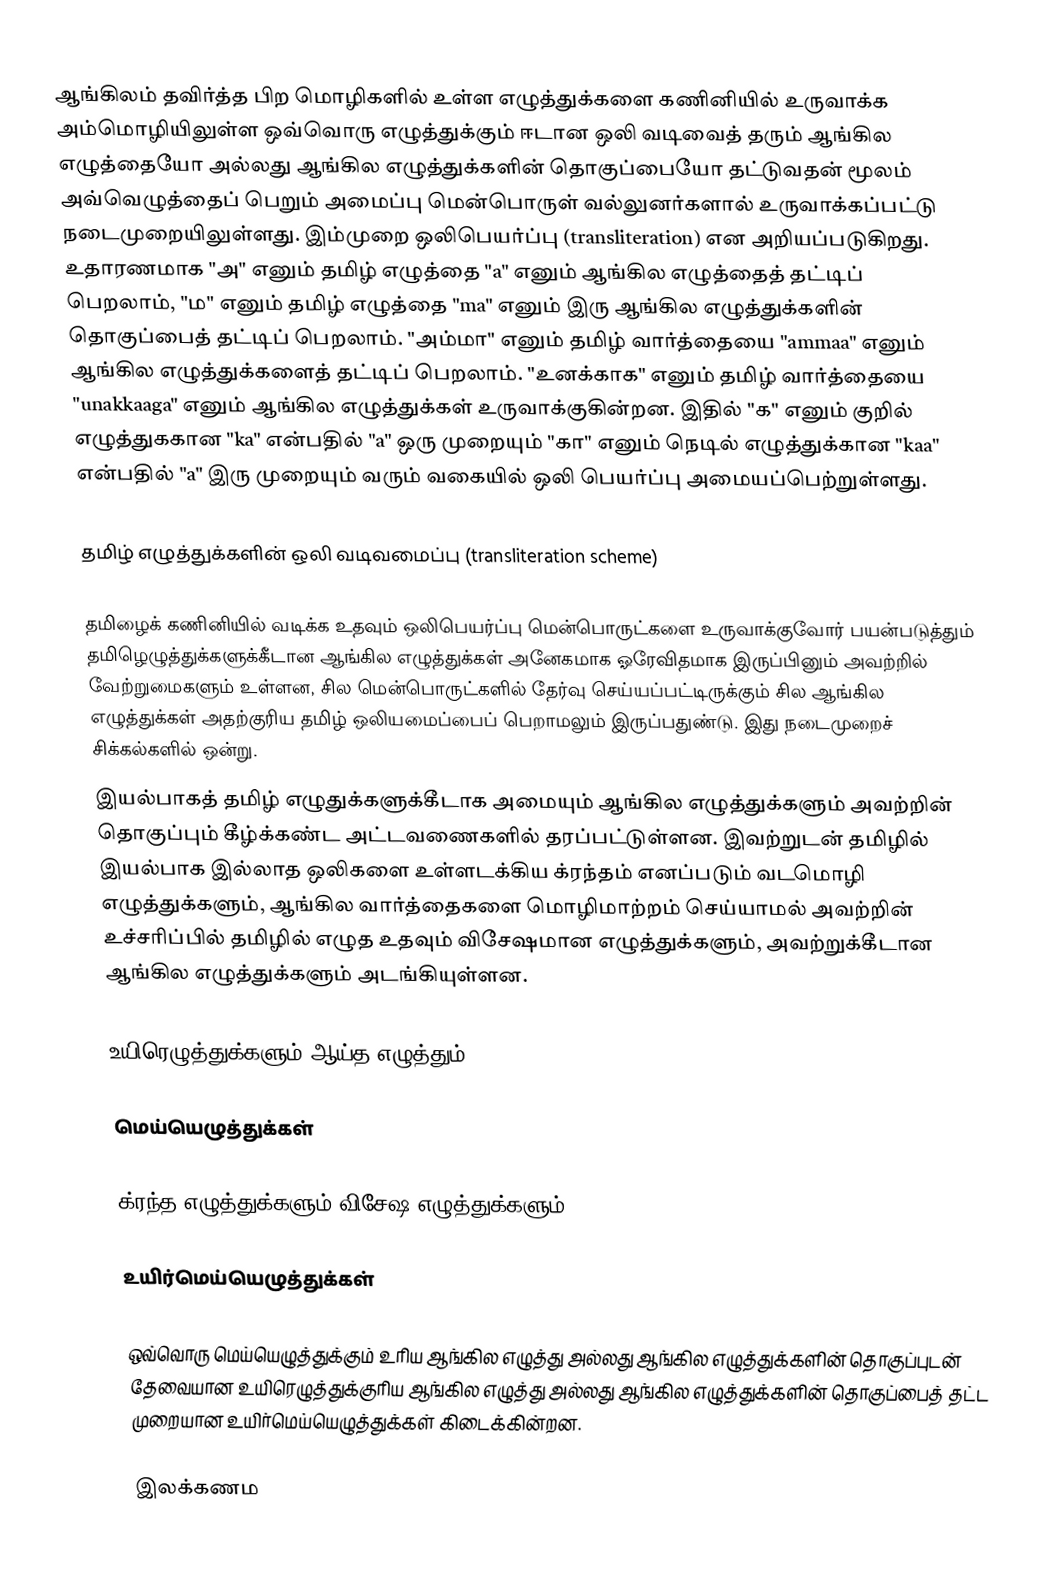
ஆங்கிலம் தவிர்த்த பிற மொழிகளில் உள்ள எழுத்துக்களை கணினியில் உருவாக்க அம்மொழியிலுள்ள ஒவ்வொரு எழுத்துக்கும் ஈடான ஒலி வடிவைத் தரும் ஆங்கில எழுத்தையோ அல்லது ஆங்கில எழுத்துக்களின் தொகுப்பையோ தட்டுவதன் மூலம் அவ்வெழுத்தைப் பெறும் அமைப்பு மென்பொருள் வல்லுனர்களால் உருவாக்கப்பட்டு நடைமுறையிலுள்ளது. இம்முறை ஒலிபெயர்ப்பு (transliteration) என அறியப்படுகிறது. உதாரணமாக "அ" எனும் தமிழ் எழுத்தை "a" எனும் ஆங்கில எழுத்தைத் தட்டிப் பெறலாம், "ம" எனும் தமிழ் எழுத்தை "ma" எனும் இரு ஆங்கில எழுத்துக்களின் தொகுப்பைத் தட்டிப் பெறலாம். "அம்மா" எனும் தமிழ் வார்த்தையை "ammaa" எனும் ஆங்கில எழுத்துக்களைத் தட்டிப் பெறலாம். "உனக்காக" எனும் தமிழ் வார்த்தையை "unakkaaga" எனும் ஆங்கில எழுத்துக்கள் உருவாக்குகின்றன. இதில் "க" எனும் குறில் எழுத்துககான "ka" என்பதில் "a" ஒரு முறையும் "கா" எனும் நெடில் எழுத்துக்கான "kaa" என்பதில் "a" இரு முறையும் வரும் வகையில் ஒலி பெயர்ப்பு அமையப்பெற்றுள்ளது.

தமிழ் எழுத்துக்களின் ஒலி வடிவமைப்பு (transliteration scheme)

தமிழைக் கணினியில் வடிக்க உதவும் ஒலிபெயர்ப்பு மென்பொருட்களை உருவாக்குவோர் பயன்படுத்தும் தமிழெழுத்துக்களுக்கீடான ஆங்கில எழுத்துக்கள் அனேகமாக ஓரேவிதமாக இருப்பினும் அவற்றில் வேற்றுமைகளும் உள்ளன, சில மென்பொருட்களில் தேர்வு செய்யப்பட்டிருக்கும் சில ஆங்கில எழுத்துக்கள் அதற்குரிய தமிழ் ஒலியமைப்பைப் பெறாமலும் இருப்பதுண்டு. இது நடைமுறைச் சிக்கல்களில் ஒன்று.
இயல்பாகத் தமிழ் எழுதுக்களுக்கீடாக அமையும் ஆங்கில எழுத்துக்களும் அவற்றின் தொகுப்பும் கீழ்க்கண்ட அட்டவணைகளில் தரப்பட்டுள்ளன. இவற்றுடன் தமிழில் இயல்பாக இல்லாத ஒலிகளை உள்ளடக்கிய க்ரந்தம் எனப்படும் வடமொழி எழுத்துக்களும், ஆங்கில வார்த்தைகளை மொழிமாற்றம் செய்யாமல் அவற்றின் உச்சரிப்பில் தமிழில் எழுத உதவும் விசேஷமான எழுத்துக்களும், அவற்றுக்கீடான ஆங்கில எழுத்துக்களும் அடங்கியுள்ளன.

உயிரெழுத்துக்களும் ஆய்த எழுத்தும்

மெய்யெழுத்துக்கள்

க்ரந்த எழுத்துக்களும் விசேஷ எழுத்துக்களும்

உயிர்மெய்யெழுத்துக்கள்

ஒவ்வொரு மெய்யெழுத்துக்கும் உரிய ஆங்கில எழுத்து அல்லது ஆங்கில எழுத்துக்களின் தொகுப்புடன் தேவையான உயிரெழுத்துக்குரிய ஆங்கில எழுத்து அல்லது ஆங்கில எழுத்துக்களின் தொகுப்பைத் தட்ட முறையான உயிர்மெய்யெழுத்துக்கள் கிடைக்கின்றன.

இலக்கணம